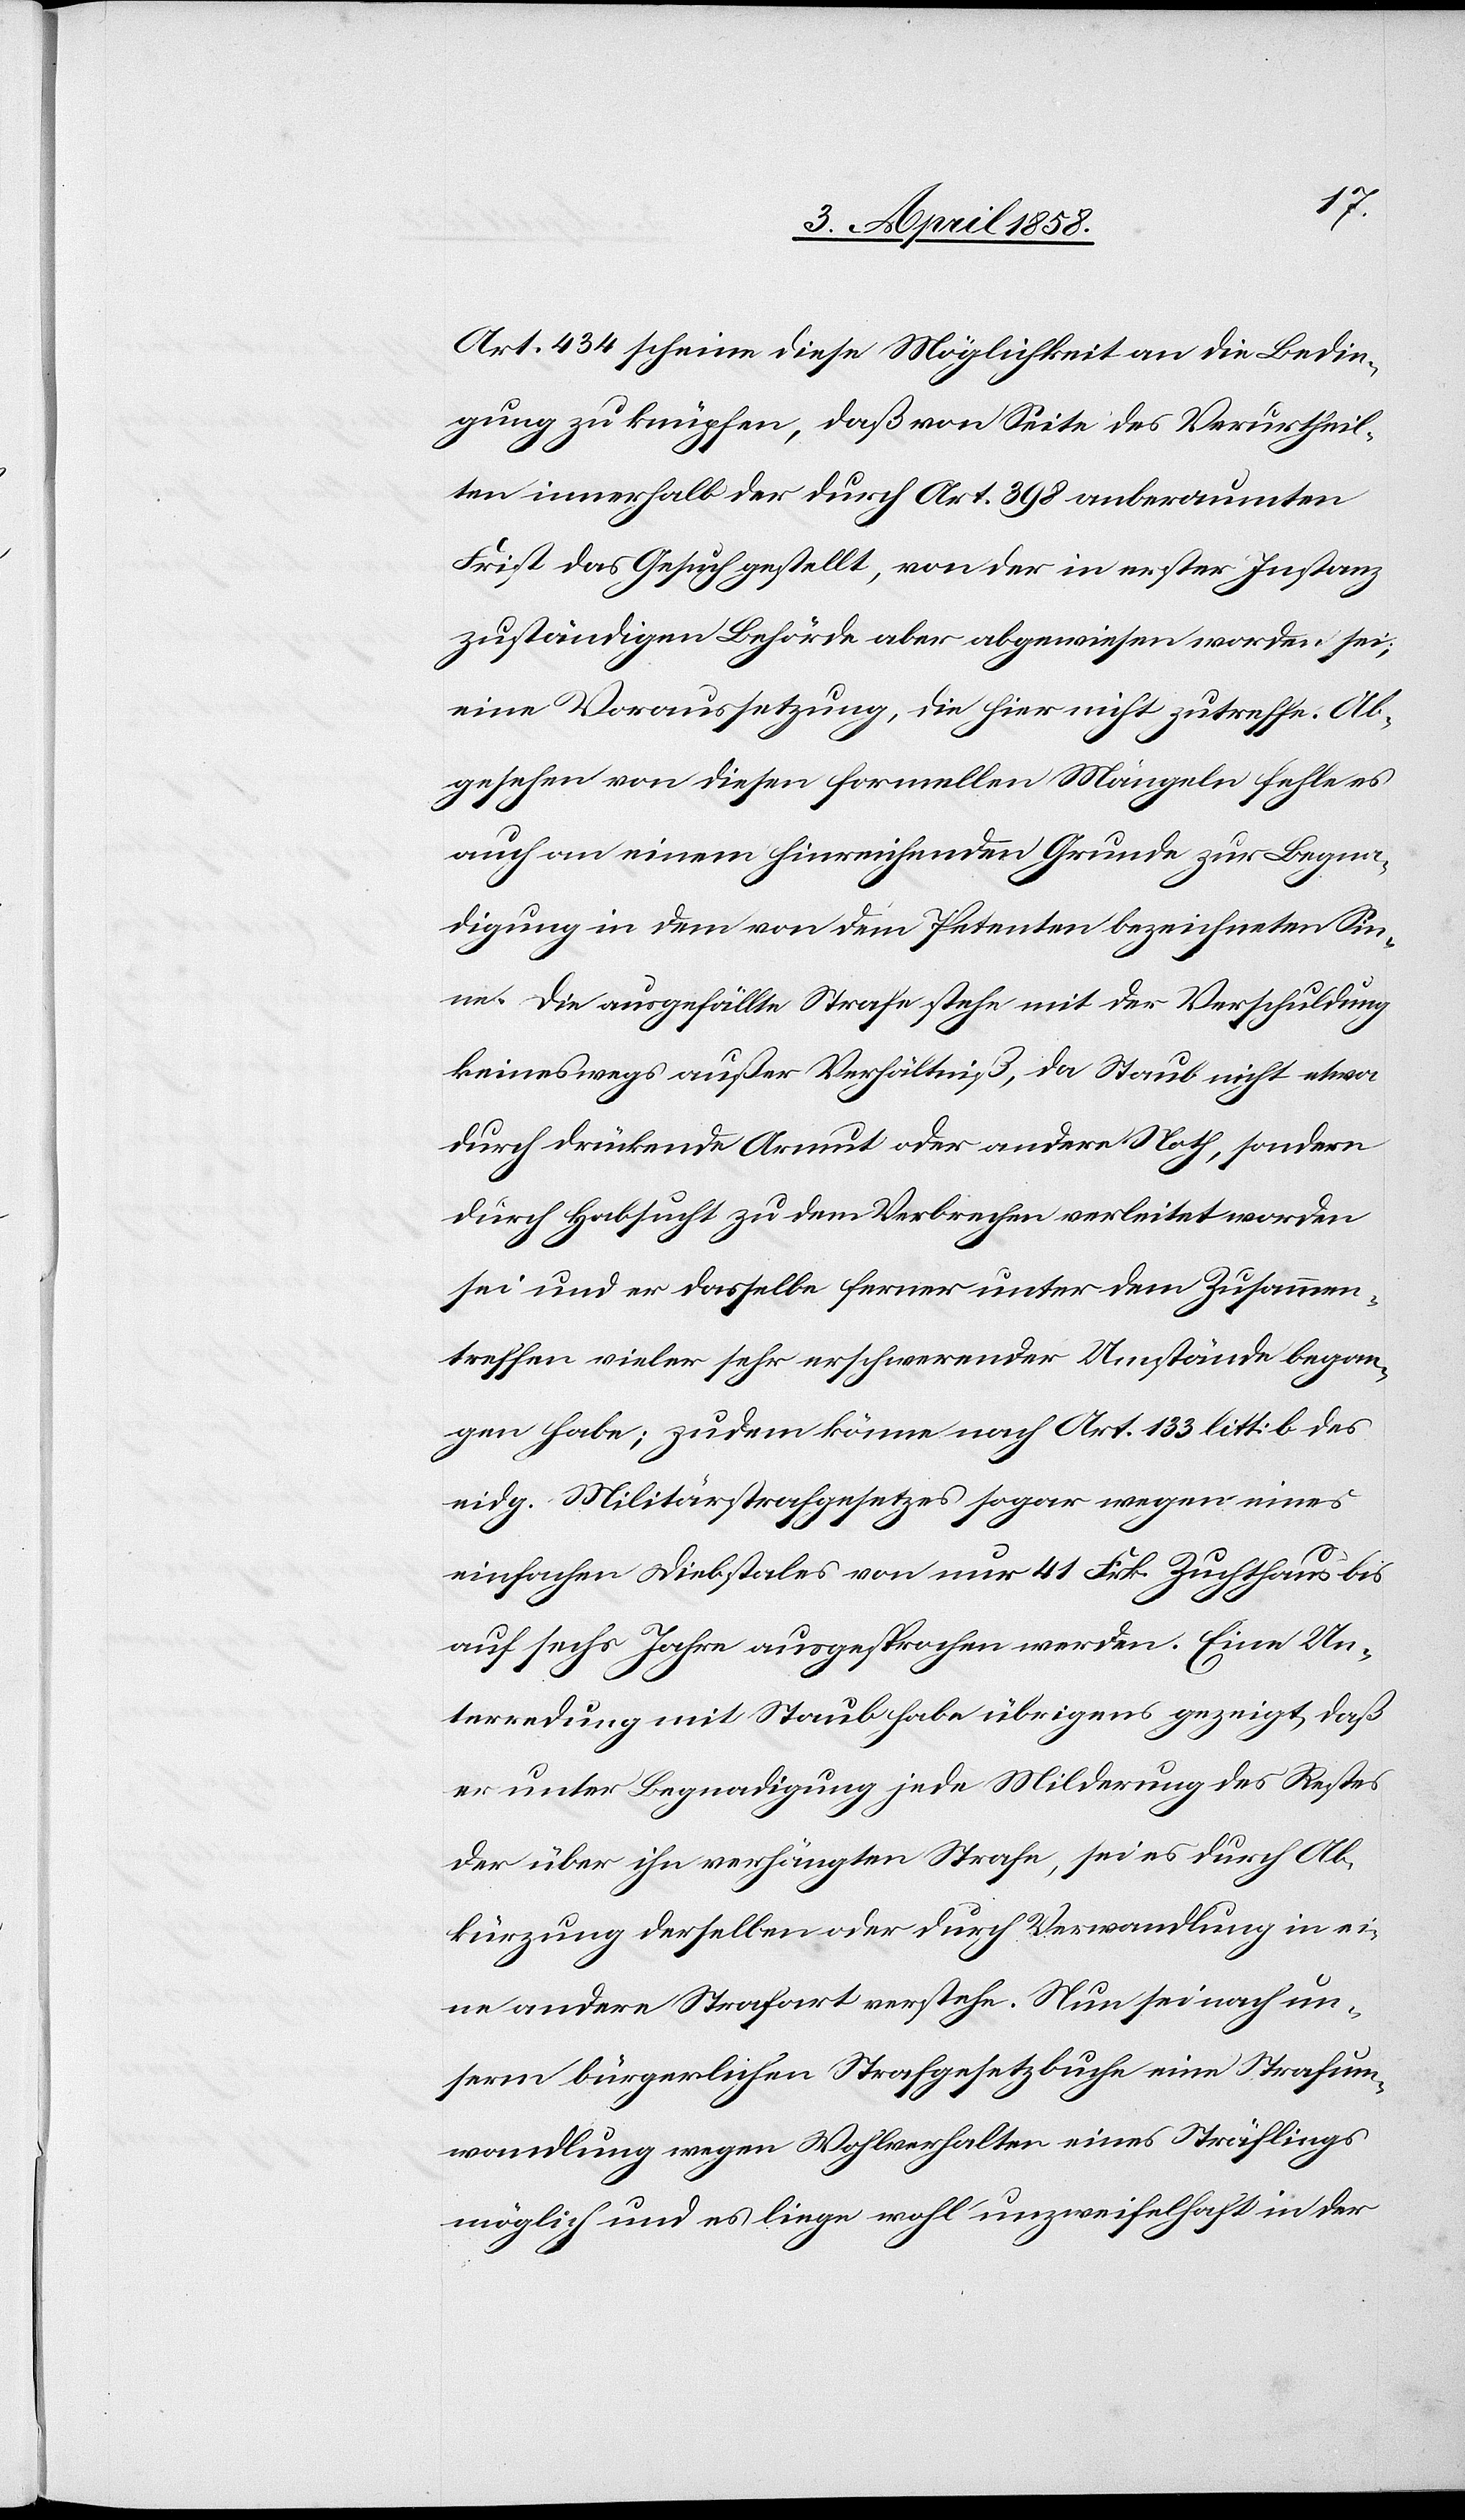
Art. 434 scheine diese Möglichkeit an die Bedin¬
gung zu knüpfen, daß von Seite des Verurtheil¬
ten innerhalb der durch Art. 398 anberaumten
Frist das Gesuch gestellt, von der in erster Instanz
zuständigen Behörde aber abgewiesen worden sei,
eine Voraussetzung, die hier nicht zutreffe. Ab¬
gesehen von diesen formellen Mängeln fehle es
auch an einem hinreichenden Grunde zur Begna¬
digung in dem von dem Petenten bezeichneten Sin¬
ne. Die ausgefällte Strafe stehe mit der Verschuldung
keineswegs außer Verhältniß, da Staub nicht etwa
durch drückende Armut oder andere Noth, sondern
durch Habsucht zu dem Verbrechen verleitet worden
sei und er dasselbe ferner unter dem Zusammen¬
treffen vieler sehr erschwerender Umstände began¬
gen habe; zudem könne nach Art. 133 litt. b. des
eidg. Militärstrafgesetzes sogar wegen eines
einfachen Diebstales von nur 41 Frk. Zuchthaus bis
auf sechs Jahre ausgesprochen werden. Eine Un¬
terredung mit Staub habe übrigens gezeigt, daß
er unter Begnadigung jede Milderung des Restes
der über ihn verhängten Strafe, sei es durch Ab¬
kürzung derselben oder durch Verwandlung in ei¬
ne andere Strafart verstehe. Nun sei nach un¬
serm bürgerlichen Strafgesetzbuche eine Strafum¬
wandlung wegen Wohlverhalten eines Sträflings
möglich und es liege wohl unzweifelhaft in der